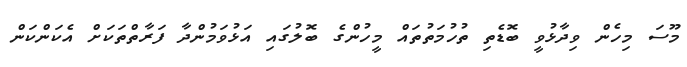
މޫސަ މިހެން ވިދާޅުވީ ބޮޑެތި ތުހުމަތުތައް މީހުންގެ ބޮލުގައި އަޅުވަމުންދާ ފަރާތްތަކަށް އެކަންކަން